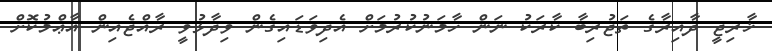
ޚާރިޖީ ދާއިރާގެ ތަޖުރިބާ ކާރަކު ނަން ހާމަނުކުރުމަށް އެދިވަޑައިގެން ވިދާޅުވީ ރާއްޖެއިން އާޢްމުކޮށް